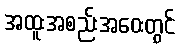
အထူးအစည်းအဝေးတွင်